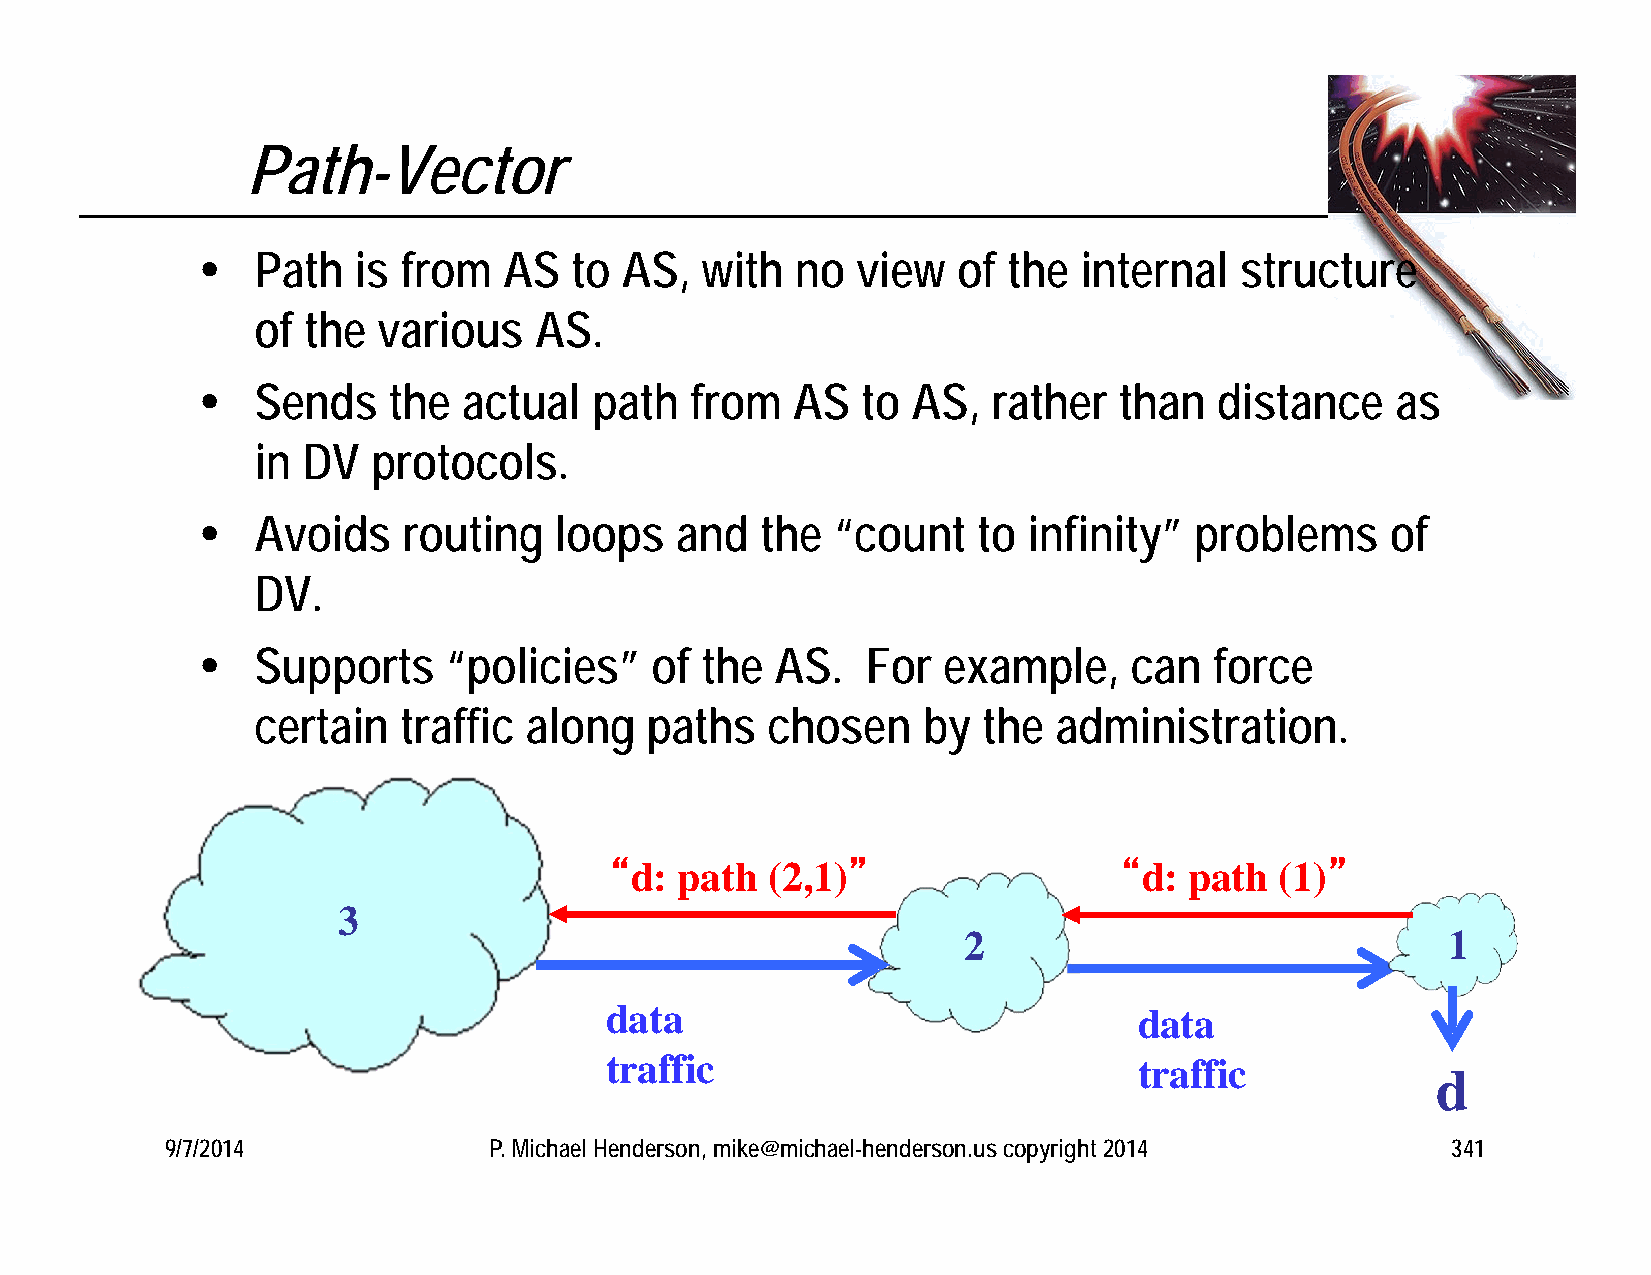
Path-Vector
    Path  is  from  AS   to AS,  with   no  view  of  the internal   structure
 of the  various   AS.
    Sends    the  actual  path   from  AS   to AS,   rather  than   distance   as
 in DV   protocols.
    Avoids    routing   loops   and  the  “count    to infinity”  problems     of
 DV.
    Supports     “policies”   of the  AS.   For  example,     can  force
 certain  traffic  along   paths   chosen    by  the  administration.
 “d:  path  (2,1)”                 “d:  path  (1)”
 3
 2                               1
 data                               data
 traffic                            traffic
 d
 9/7/2014             P. Michael Henderson, mike@michael-henderson.us copyright 2014  341